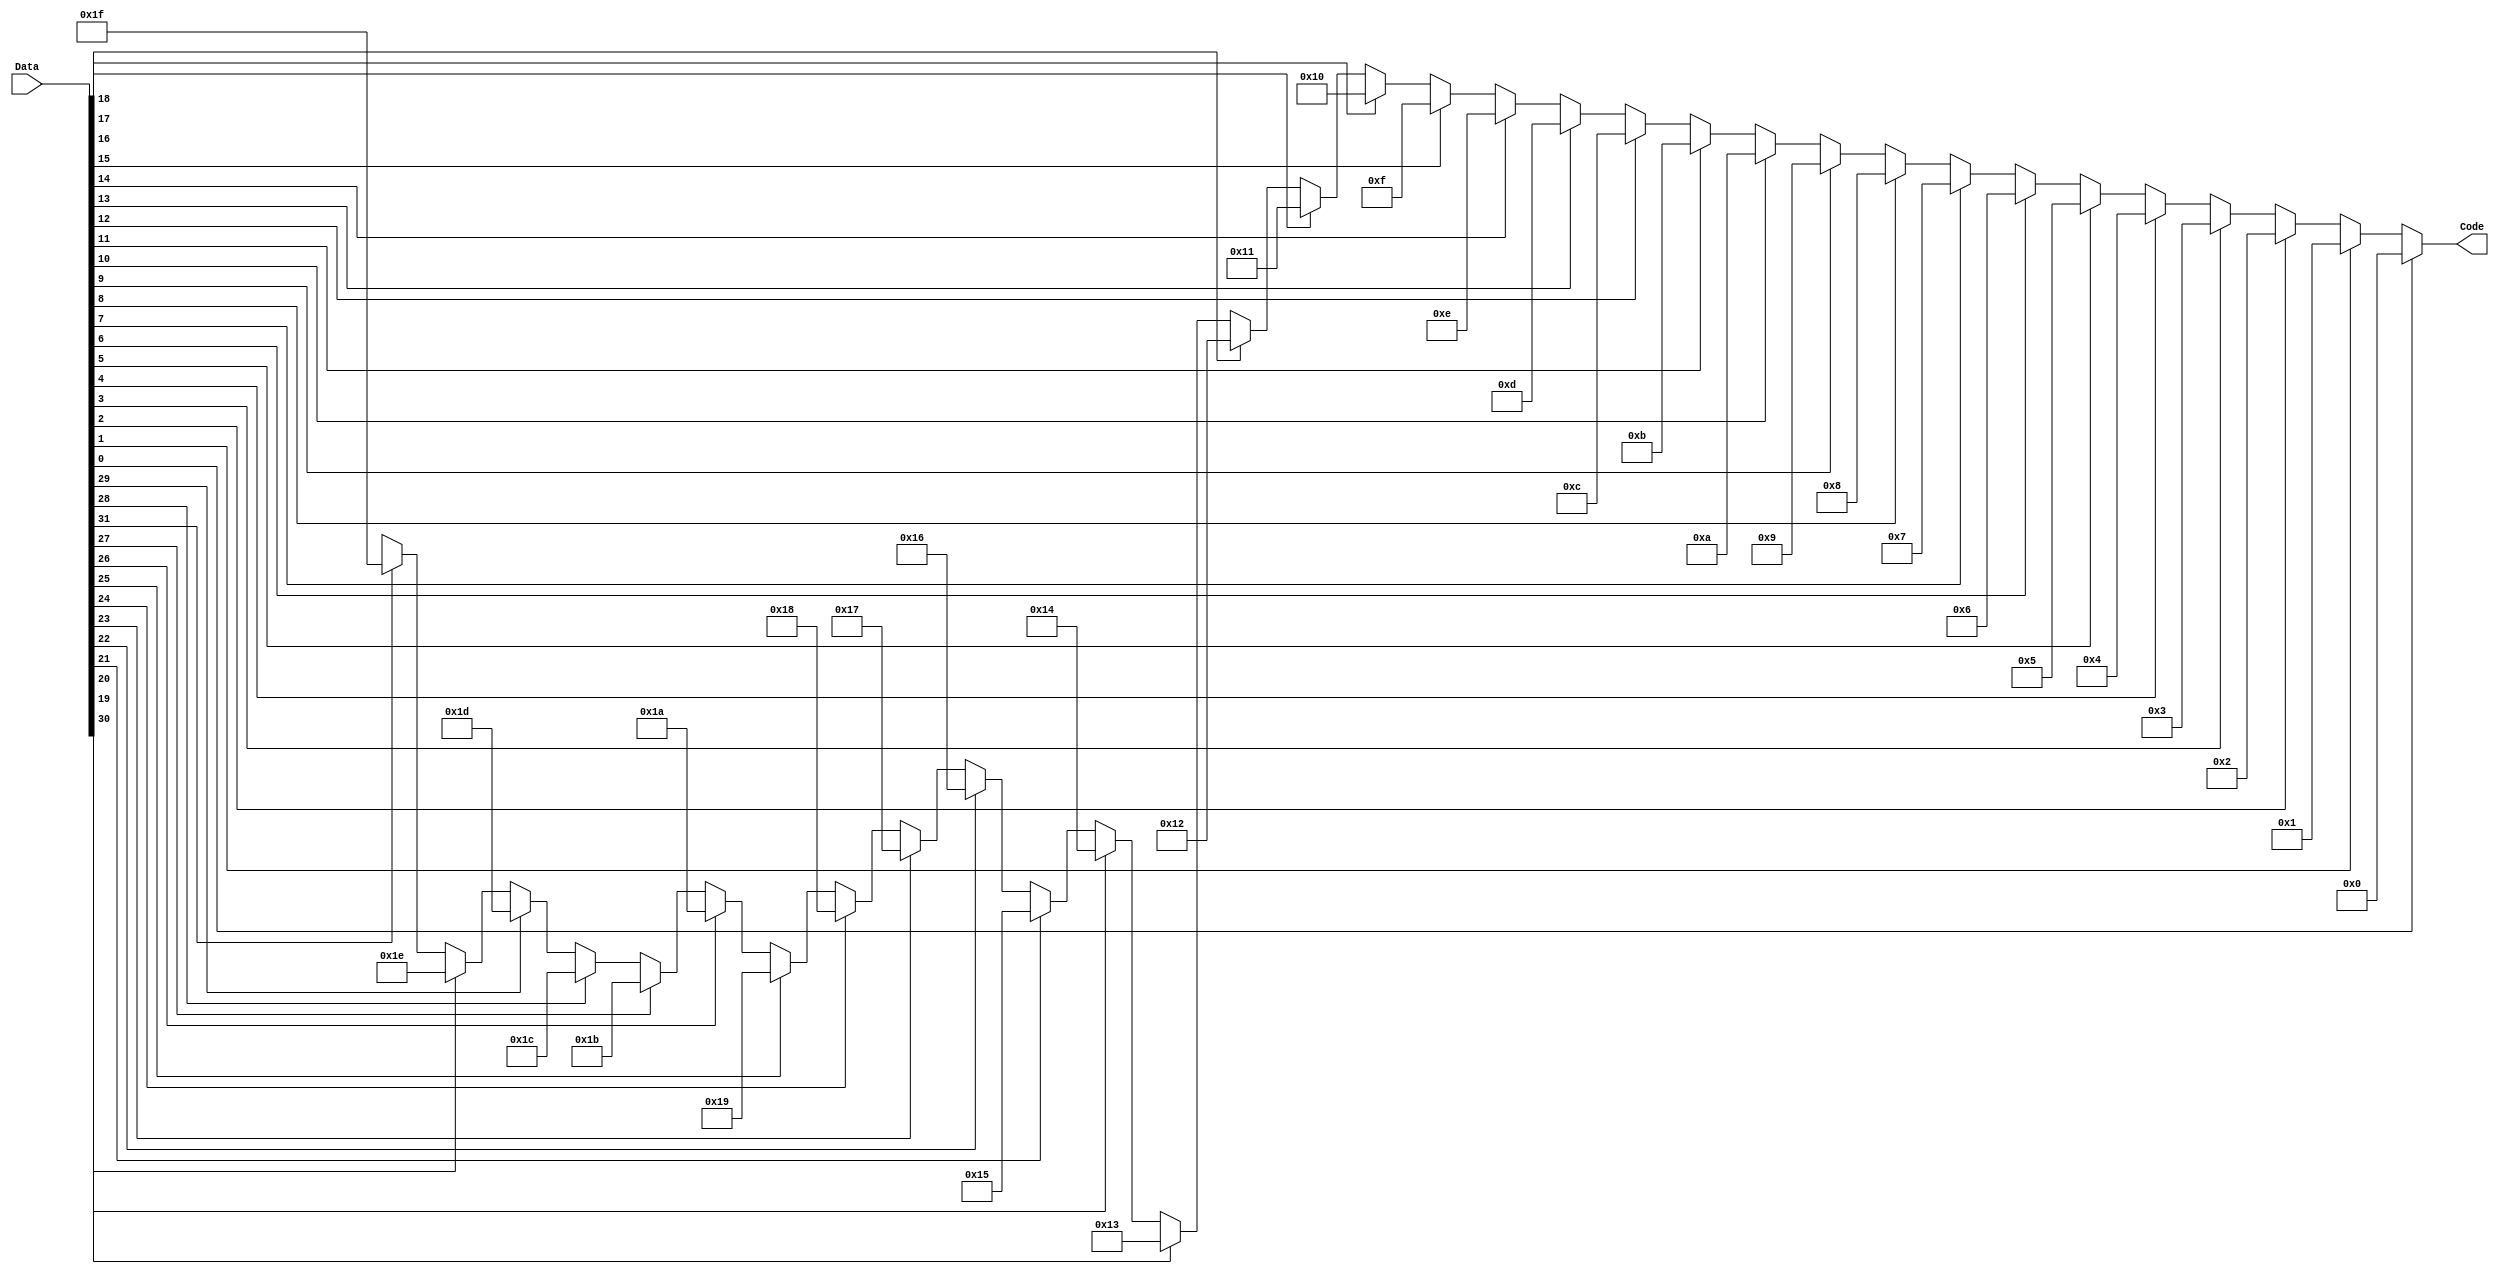
module bus_encoder(output reg [4:0] Code, input[31:0] Data);
	always @(Data or Code)
	begin
		if(Data[0])Code=0; else
		if(Data[1])Code=1; else
		if(Data[2])Code=2; else
		if(Data[3])Code=3; else
		if(Data[4])Code=4; else
		if(Data[5])Code=5; else
		if(Data[6])Code=6; else
		if(Data[7])Code=7; else
		if(Data[8])Code=8; else
		if(Data[9])Code=9; else
		if(Data[10])Code=10; else
		if(Data[11])Code=11; else
		if(Data[12])Code=12; else
		if(Data[13])Code=13; else
		if(Data[14])Code=14; else
		if(Data[15])Code=15; else
		if(Data[16])Code=16; else
		if(Data[17])Code=17; else
		if(Data[18])Code=18; else
		if(Data[19])Code=19; else
		if(Data[20])Code=20; else
		if(Data[21])Code=21; else
		if(Data[22])Code=22; else
		if(Data[23])Code=23; else
		if(Data[24])Code=24; else
		if(Data[25])Code=25; else
		if(Data[26])Code=26; else
		if(Data[27])Code=27; else
		if(Data[28])Code=28; else
		if(Data[29])Code=29; else
		if(Data[30])Code=30; else
		if(Data[31])Code=31; else Code = 5'bx;
	end
endmodule